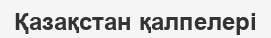
Қазақстан қалпелері